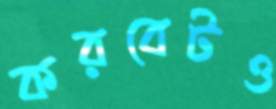
করবেটও